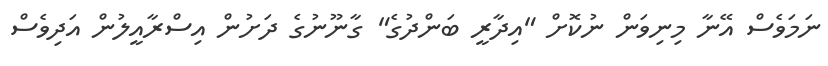
ނަމަވެސް އޭނާ މިނިވަން ނުކޮށް "އިދާރީ ބަންދުގެ" ގާނޫނުގެ ދަށުން އިސްރާއީލުން އަދިވެސް